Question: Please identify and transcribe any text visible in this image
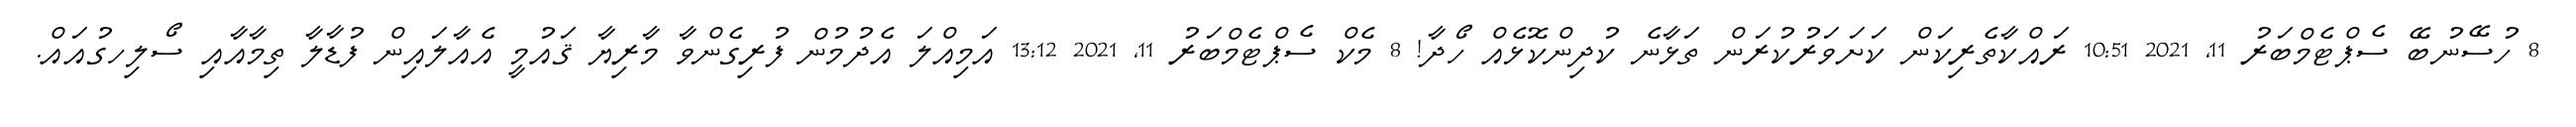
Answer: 8 ހުސޭނުބޭ ސެޕްޓެމްބަރު 11, 2021 10:51 ރައްކާތެރިކަން ކަށަވަރުކުރަން ތަޅާނެ ކުދިންކޮޅެއް ހޯދާ! 8 މެކް ސެޕްޓެމްބަރު 11, 2021 13:12 އަމިއްލަ އެދުމުން ފުރިގެންވާ މާރިޔާ ޤައުމީ އެއާލައިން ފުޑާލާ ތިމާއާއި ސޯލިހގުއައް.